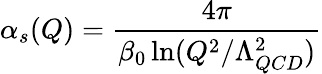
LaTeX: \alpha_{s}(Q)=\frac{4\pi}{\beta_{0}\ln(Q^{2}/\Lambda_{QCD}^{2})}